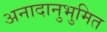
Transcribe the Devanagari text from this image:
अनादानुभुमित